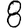
Digit: 8